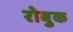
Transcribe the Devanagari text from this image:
रोबुक